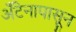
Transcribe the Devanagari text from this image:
अँटेनापासून